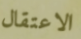
الاعتقال